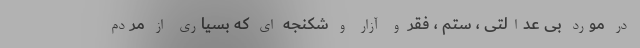
در مورد بی عدالتی ، ستم ، فقر و آزار و شکنجه ای که بسیاری از مردم